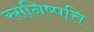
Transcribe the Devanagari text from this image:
रसनिष्पत्ति